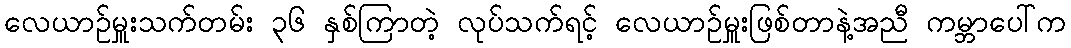
လေယာဉ်မှူးသက်တမ်း ၃၆ နှစ်ကြာတဲ့ လုပ်သက်ရင့် လေယာဉ်မှူးဖြစ်တာနဲ့အညီ ကမ္ဘာပေါ်က